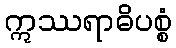
ဣဿရာဓိပစ္စံ